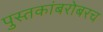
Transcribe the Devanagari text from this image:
पुस्तकांबरोबरच